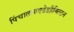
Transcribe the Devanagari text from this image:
पिंचालारुएडेडहैमिल्टन